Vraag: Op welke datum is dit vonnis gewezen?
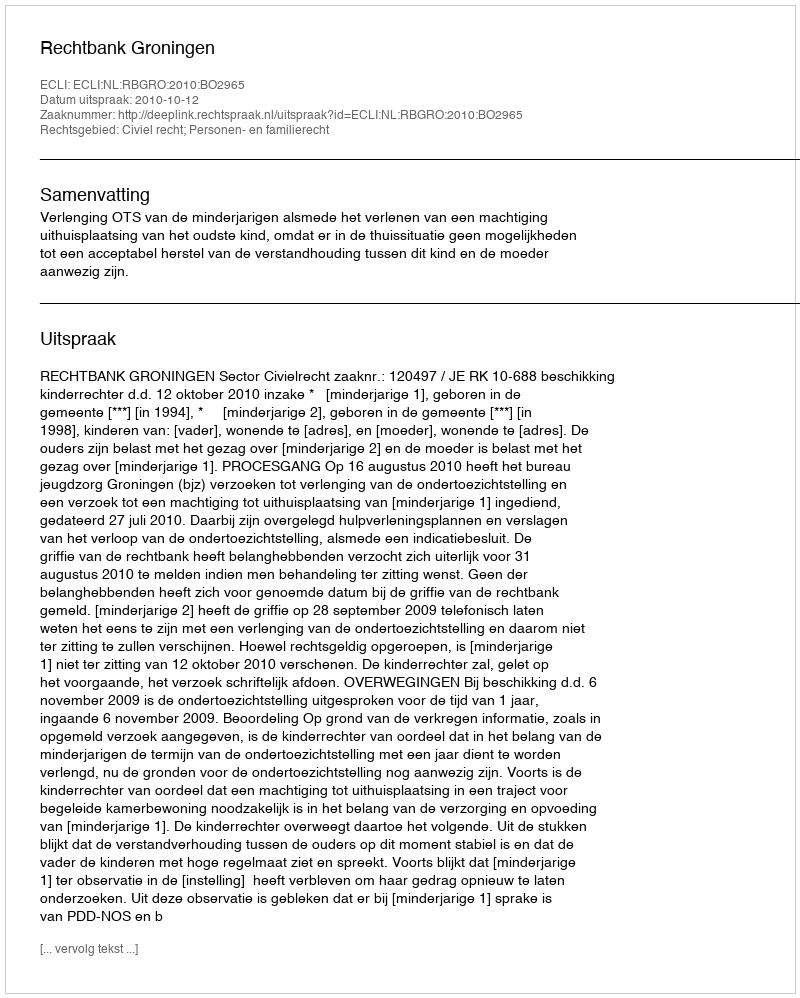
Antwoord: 2010-10-12